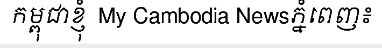
កម្ពុជាខ្ញុំ  My Cambodia Newsភ្នំពេញ៖